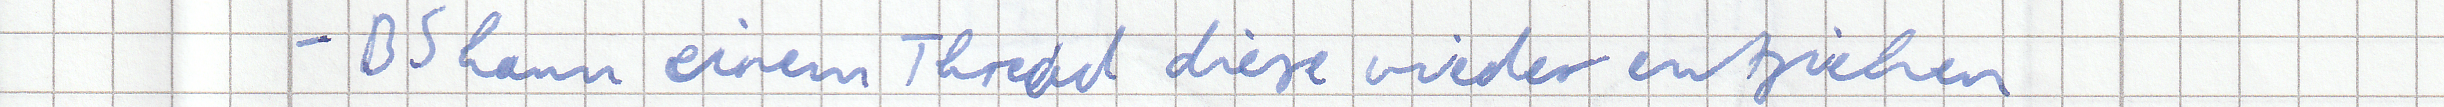
- BS kann einem Thread diese wieder entziehen